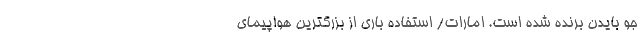
جو بایدن برنده شده است. امارات/ استفاده باری از بزرگترین هواپیمای